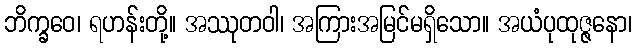
ဘိက္ခဝေ၊ ရဟန်းတို့။ အဿုတဝါ၊ အကြားအမြင်မရှိသော။ အယံပုထုဇ္ဇနော၊